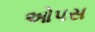
ઓપસ